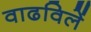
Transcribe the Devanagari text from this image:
वाढविलें